Civil Veterinary Dept. Bombay admin report 1932-41 - 1932-1941
Year: 1932
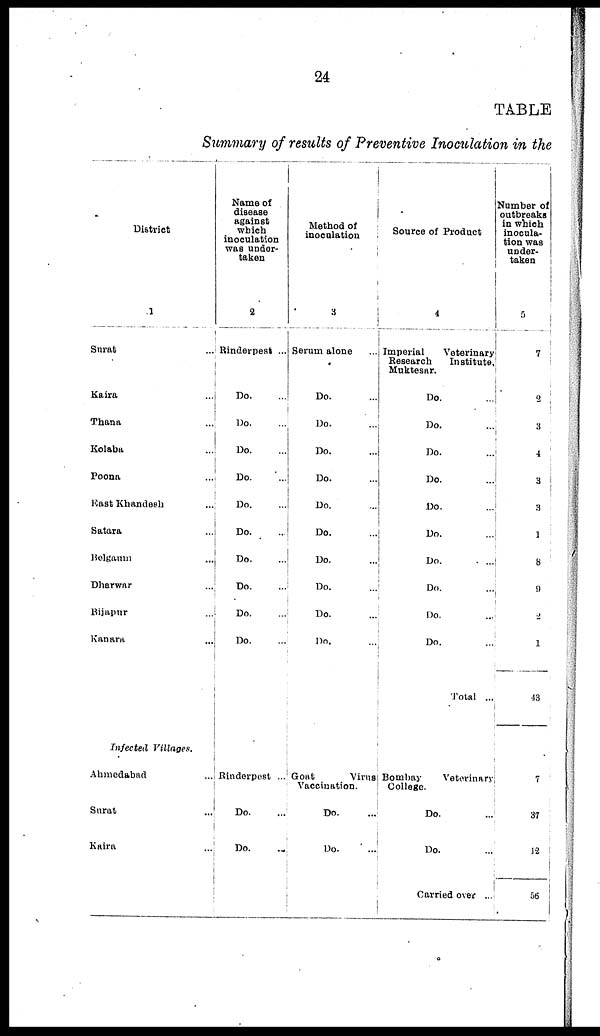
24
TABLE
Summary of results of Preventive Inoculation in the
District
1
Surat ...
Kaira ...
Thana ...
Kolaba ...
Poona ...
East Khandesh ...
Satara ...
Belgaum ...
Dharwar ...
Bijapur ...
Kanara ...
Infected Villages.
Ahmedabad ...
Surat ...
Kaira ...
Name of
disease
against
which
inoculation
was under-
taken
2
Rinderpest ...
Do. ...
Do. ...
Do. ...
Do. ...
Do. ...
Do. ...
Do. ...
Do. ...
Do. ...
Do. ...
Rinderpest ...
Do. ...
Do. ...
Method of
inoculation
3
Serum alone ....
Do. ...
Do. ...
Do. ...
Do. ...
Do. ...
Do. ...
Do. ...
Do. ...
Do. ...
Do. ...
Goat
Virus
Vaccination.
Do. ...
Do. ...
Source of Product
4
Imperial Veterinary
Research Institute,
Muktesar.
Do. ...
Do.
...
Do.
...
Do. ...
Do. ...
Do. ...
Do. ...
Do. ...
Do.
...
Do. ...
Total ...
Bombay Veterinary
College.
Do. ...
Do. ...
Carried over ...
Number of
outbreaks
in which
inocula-
tion was
under-
taken
5
7
2
3
4
3
3
1
8
9
2
1
43
7
37
12
56